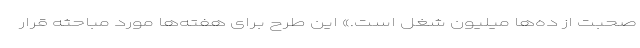
صحبت از ده‌ها میلیون شغل است.» این طرح برای هفته‌ها مورد مباحثه قرار